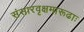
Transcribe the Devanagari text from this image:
संसारवृक्षमारूढाः